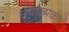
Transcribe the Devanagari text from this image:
धेयात्मक